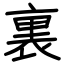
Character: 裏